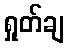
ရှုတ်ချ